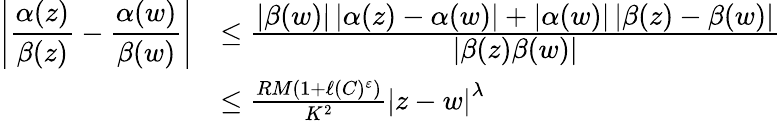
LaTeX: \begin{array}{rl}{\displaystyle\left\lvert\frac{\alpha(z)}{\beta(z)}-\frac{\alpha(w)}{\beta(w)}\right\rvert}&{\leq\frac{\displaystyle\left\lvert\beta(w)\right\rvert\displaystyle\left\lvert\alpha(z)-\alpha(w)\right\rvert+\displaystyle\left\lvert\alpha(w)\right\rvert\displaystyle\left\lvert\beta(z)-\beta(w)\right\rvert}{\displaystyle\left\lvert\beta(z)\beta(w)\right\rvert}}\\ &{\leq\frac{RM(1+\ell(C)^{\varepsilon})}{K^{2}}\displaystyle\left\lvert z-w\right\rvert^{\lambda}}\end{array}